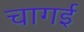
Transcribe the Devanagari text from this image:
चागई